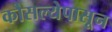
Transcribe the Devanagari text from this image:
कौसल्येपासून